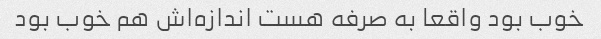
خوب بود واقعا به صرفه هست اندازه‌اش هم خوب بود